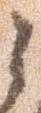
之